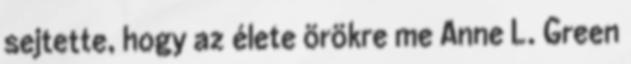
sejtette, hogy az élete örökre me Anne L. Green